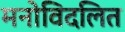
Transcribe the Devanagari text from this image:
मनोविदलित